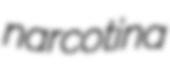
narcotina